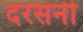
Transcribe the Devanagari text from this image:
दरसनी